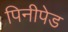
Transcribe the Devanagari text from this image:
पिनीपेड